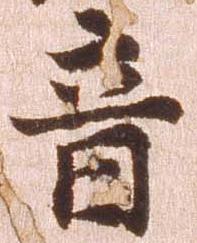
音